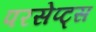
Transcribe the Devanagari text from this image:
परसेप्ट्स